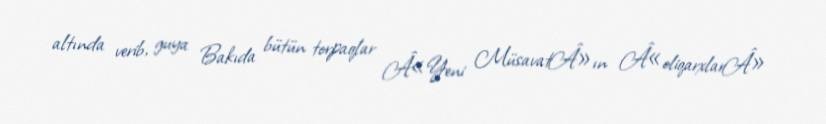
altında verib, guya Bakıda bütün torpaqlar Â«Yeni MüsavatÂ»ın Â«oliqarxlarÂ»